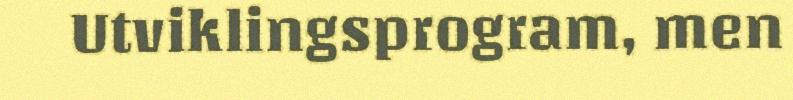
Utviklingsprogram, men